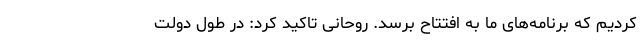
کردیم که برنامه‌های ما به افتتاح برسد. روحانی تاکید کرد: در طول دولت